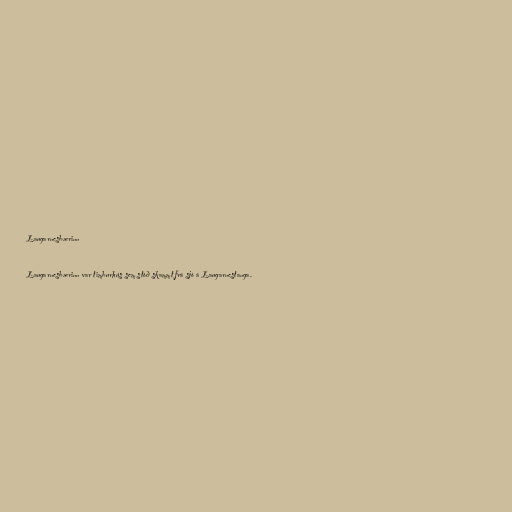
Laugarnesbærinn

Laugarnesbærinn var timburhús sem stóð skammt frá sjó á Laugarnestanga.